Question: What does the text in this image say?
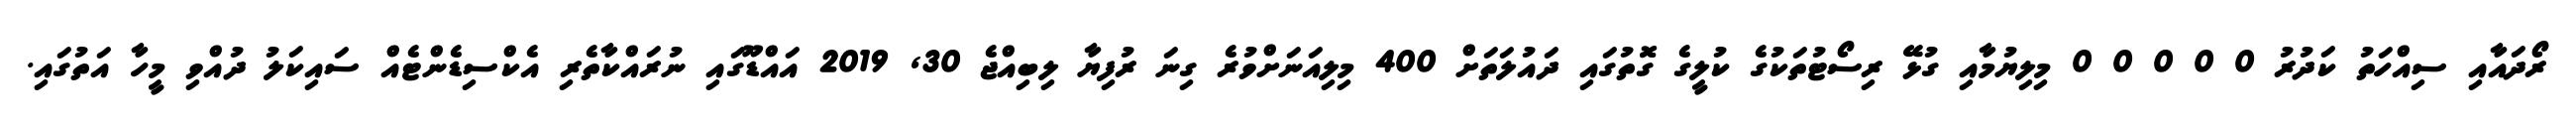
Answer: ރޯދައާއި ސިއްހަތު ކަދުރު 0 0 0 0 0 މިލިޔުމާއި ގުޅޭ ރިސޯޓުތަކުގެ ކުލީގެ ގޮތުގައި ދައުލަތަށް 400 މިލިއަނަށްވުރެ ގިނަ ރުފިޔާ ލިބިއްޖެ 30, 2019 އައްޑޫގައި ނުރައްކާތެރި އެކްސިޑެންޓެއް ސައިކަލު ދުއްވި މީހާ އަތުގައި.